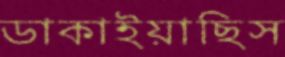
ডাকাইয়াছিস